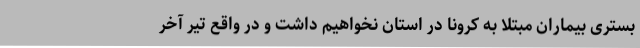
بستری بیماران مبتلا به کرونا در استان نخواهیم داشت و در واقع تیر آخر